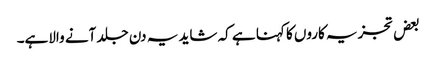
بعض تجزیہ کاروں کا کہنا ہے کہ شاید یہ دن جلد آنے والاہے۔